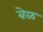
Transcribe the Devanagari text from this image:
बेळ